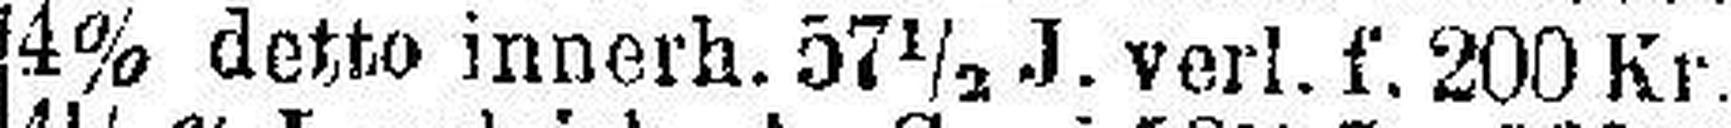
4% detto innerh. 57½ J. verl. f. 200 Kr.